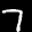
Label: 7